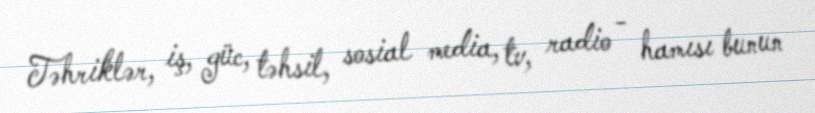
Təhriklər, iş, güc, təhsil, sosial media, tv, radio - hamısı bunun